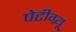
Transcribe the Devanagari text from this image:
पेटीग्र्यू